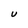
Character: U